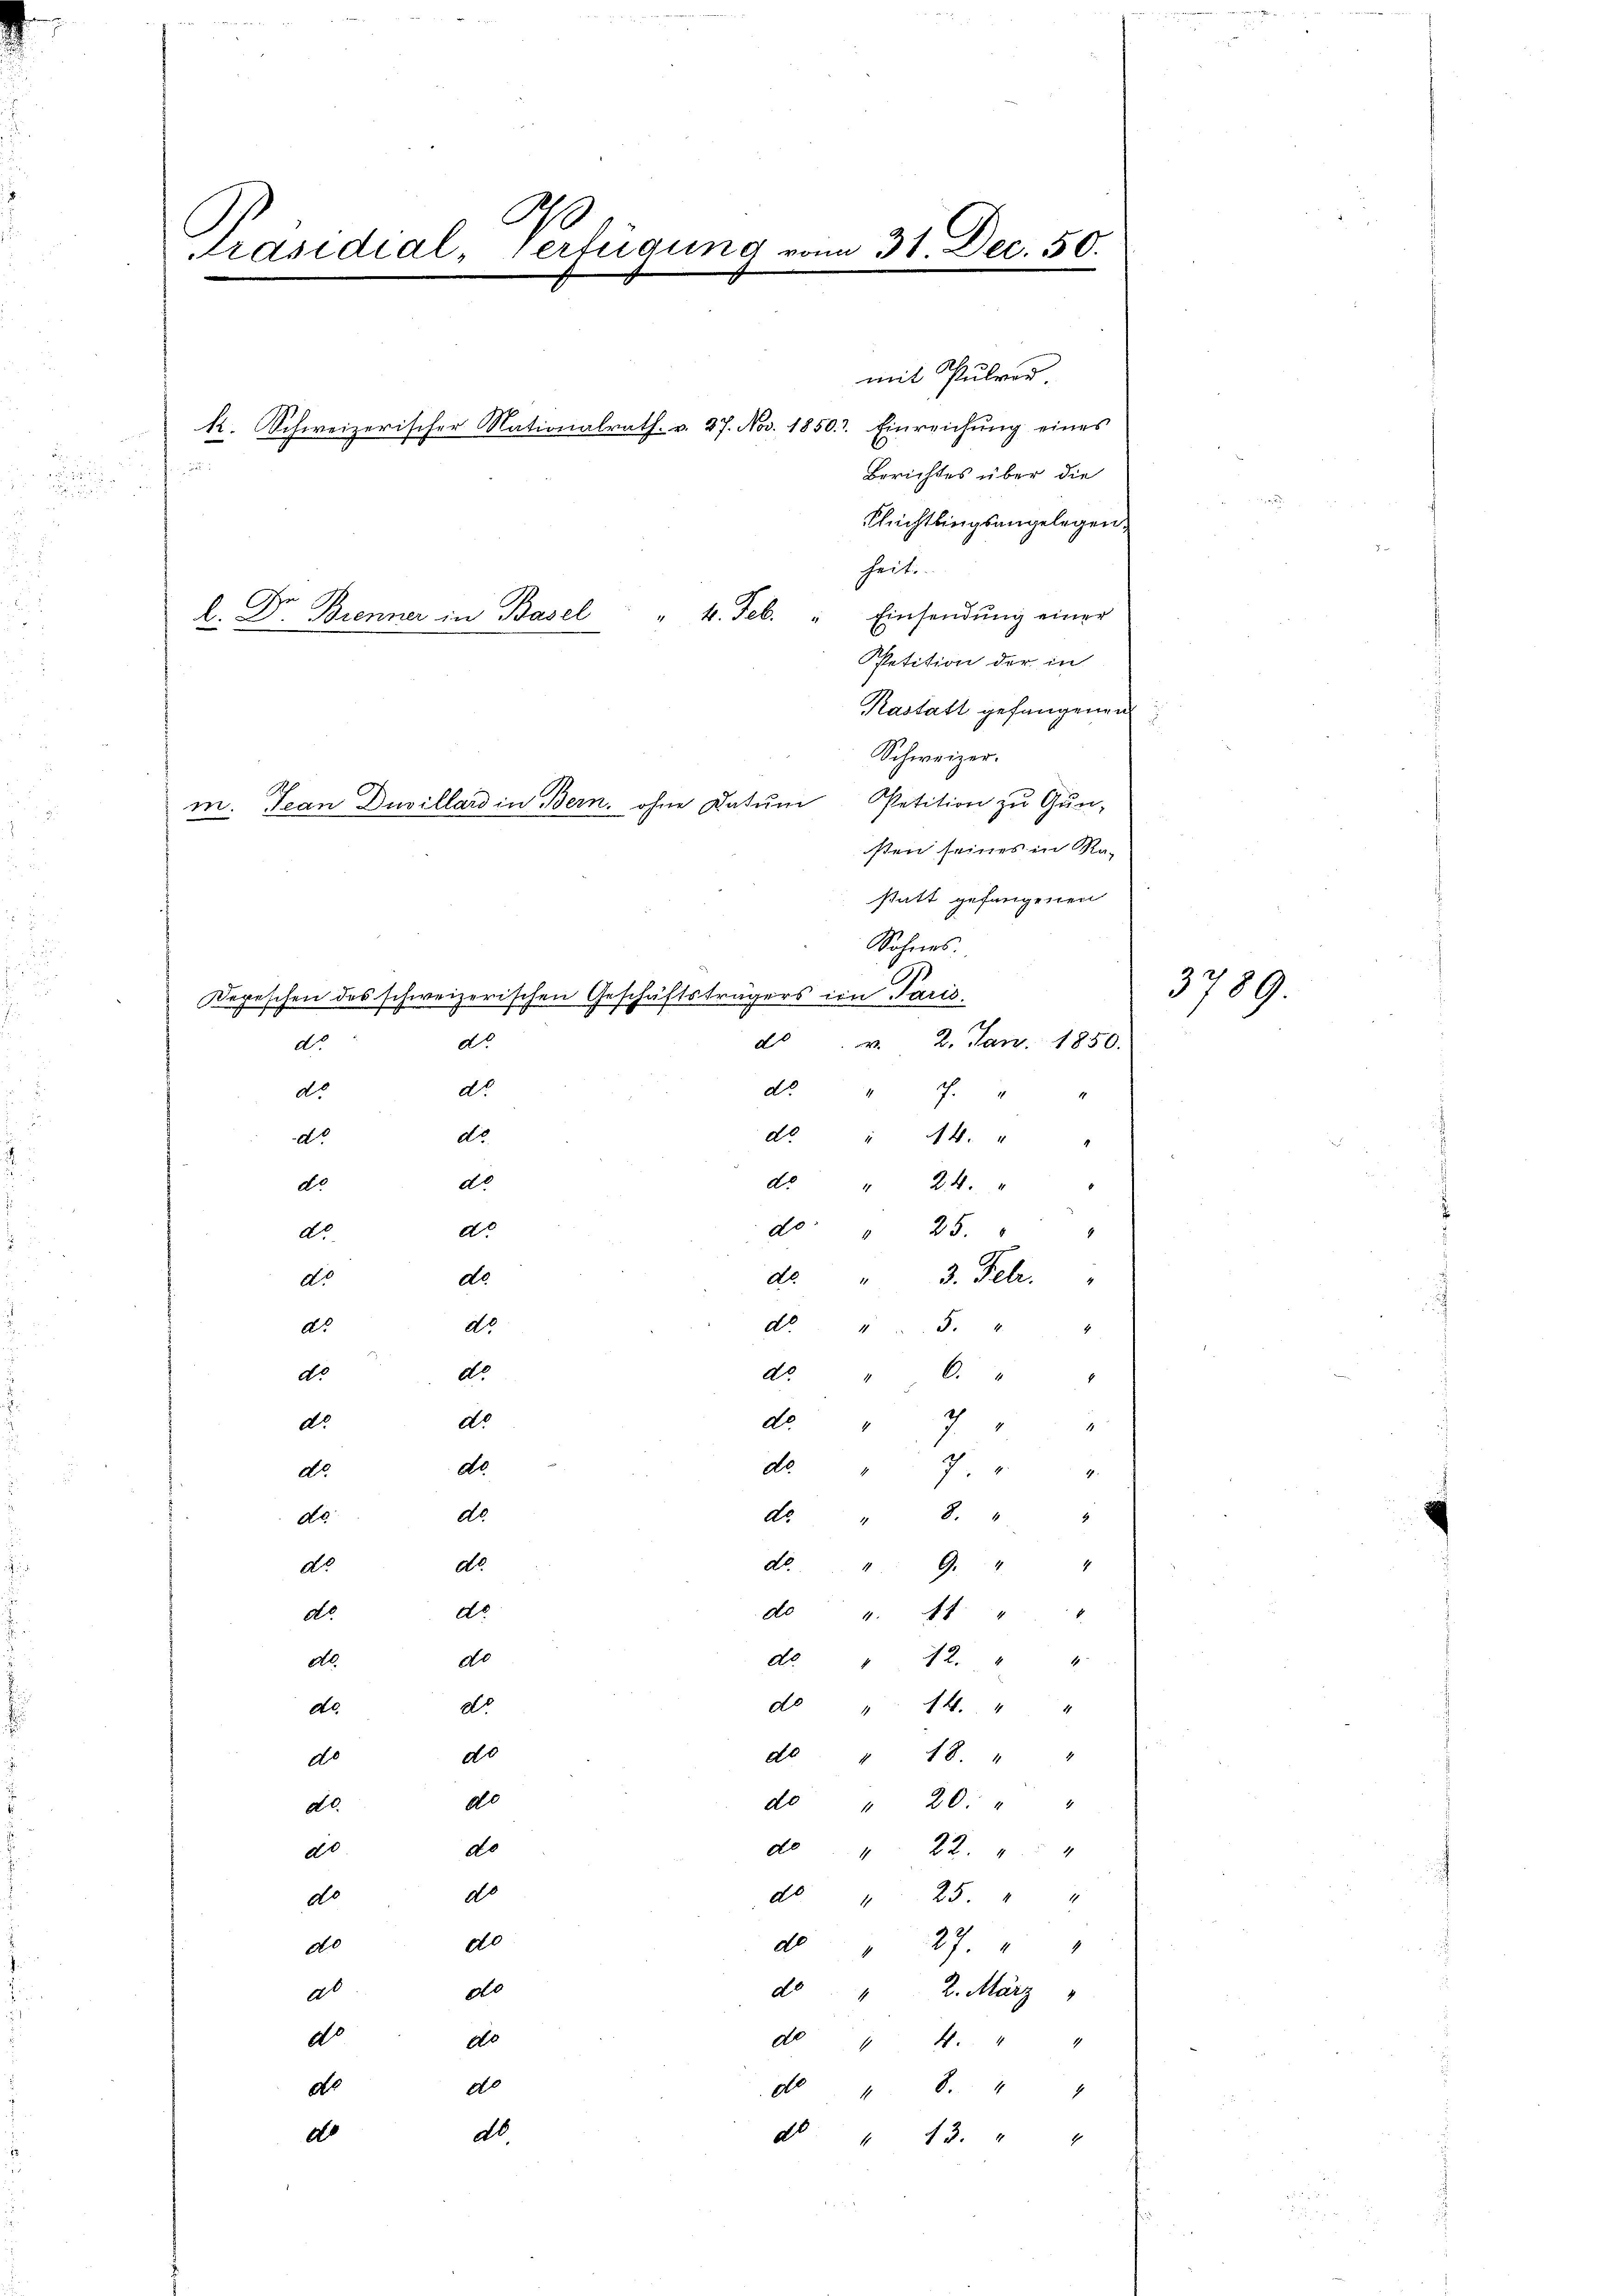
90
Präsidial-Verteigung vom 31. Dec. 50.

k. Schweizerischer Nationalrath. v. 27. Nov. 1850. Einreichŭng eines
.

l. Dr. Brenner in Basel " " 4. Feb. " Einsendŭng einer

dto.

mit Pulvor
Berichtes über die
Plrichtlingsangelegen,
heite.
Petition der in
Kastatt gefangenen
Schweizer.
m. Jean Duvillard in Bern, ohne Datum Petition zu Gun-
sten seines in Ra-
statt gefangenen
Sohnes.
do.
do.
dto.
do.
do
25.
dto.
do. 3. Febr.
do.
No 43. 44
do.
do.
do.
do.
6.
th
do.
dto.
dto.
4
1
do
de " 7
dto.
4.
dto.
do
do. " 8.
4
do.
49. 44
dto.
do.
do.
d° 4. At " " 2
do
do
dto.
42. 4
do
d " " 14. " "
do.
do
de " 18. " "
do.
do
de " 20. " "
do.
do
do
do.
22.
4
do.
do. 125. " "
do.
do
do.
do
27
a
do
do  "  2. März 1
do
do
d 14. " "
de
do
do
48. 44
db.
do.
d. " 13. " "

dto.

do.

do.

do
dto.
dto.
do.
do
do.

Depeschen des schweizerischen Geschäftsträgers im Paris.

ds. v. 2. Jan. 1850.
7.

" 44.
" 24.

3789